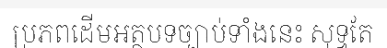
ប្រភពដើមអត្ថបទច្បាប់ទាំងនេះ សុទ្ធតែ